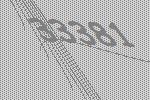
33381